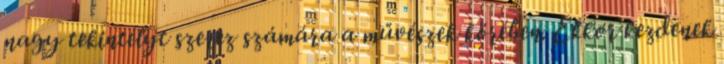
nagy tekintélyt szerez számára a művészek körében. Ekkor kezdenek